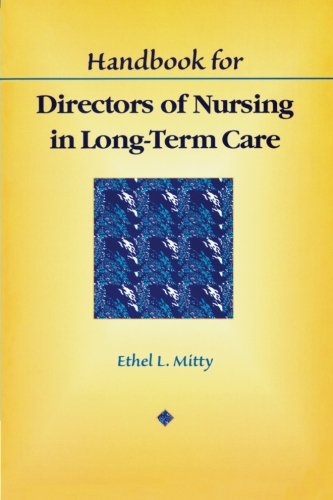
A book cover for Handbook for Directors of Nursing in Long-Term Care; Ethel L. Mitty; Medical Books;